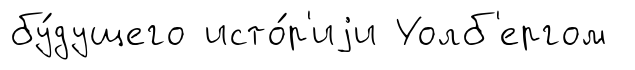
бу́дущего исто́р'иjи Уолб'ергом